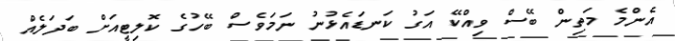
އެންމެ މަތިން ބޭސް ވިއްކޭ އަގު ކަނޑައެޅުނު ނަމަވެސް ބޭހުގެ ކޮލިޓީއަށް ބަދަލެއް